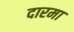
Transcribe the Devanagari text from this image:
दारमा